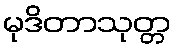
မုဒိတာသုတ္တ